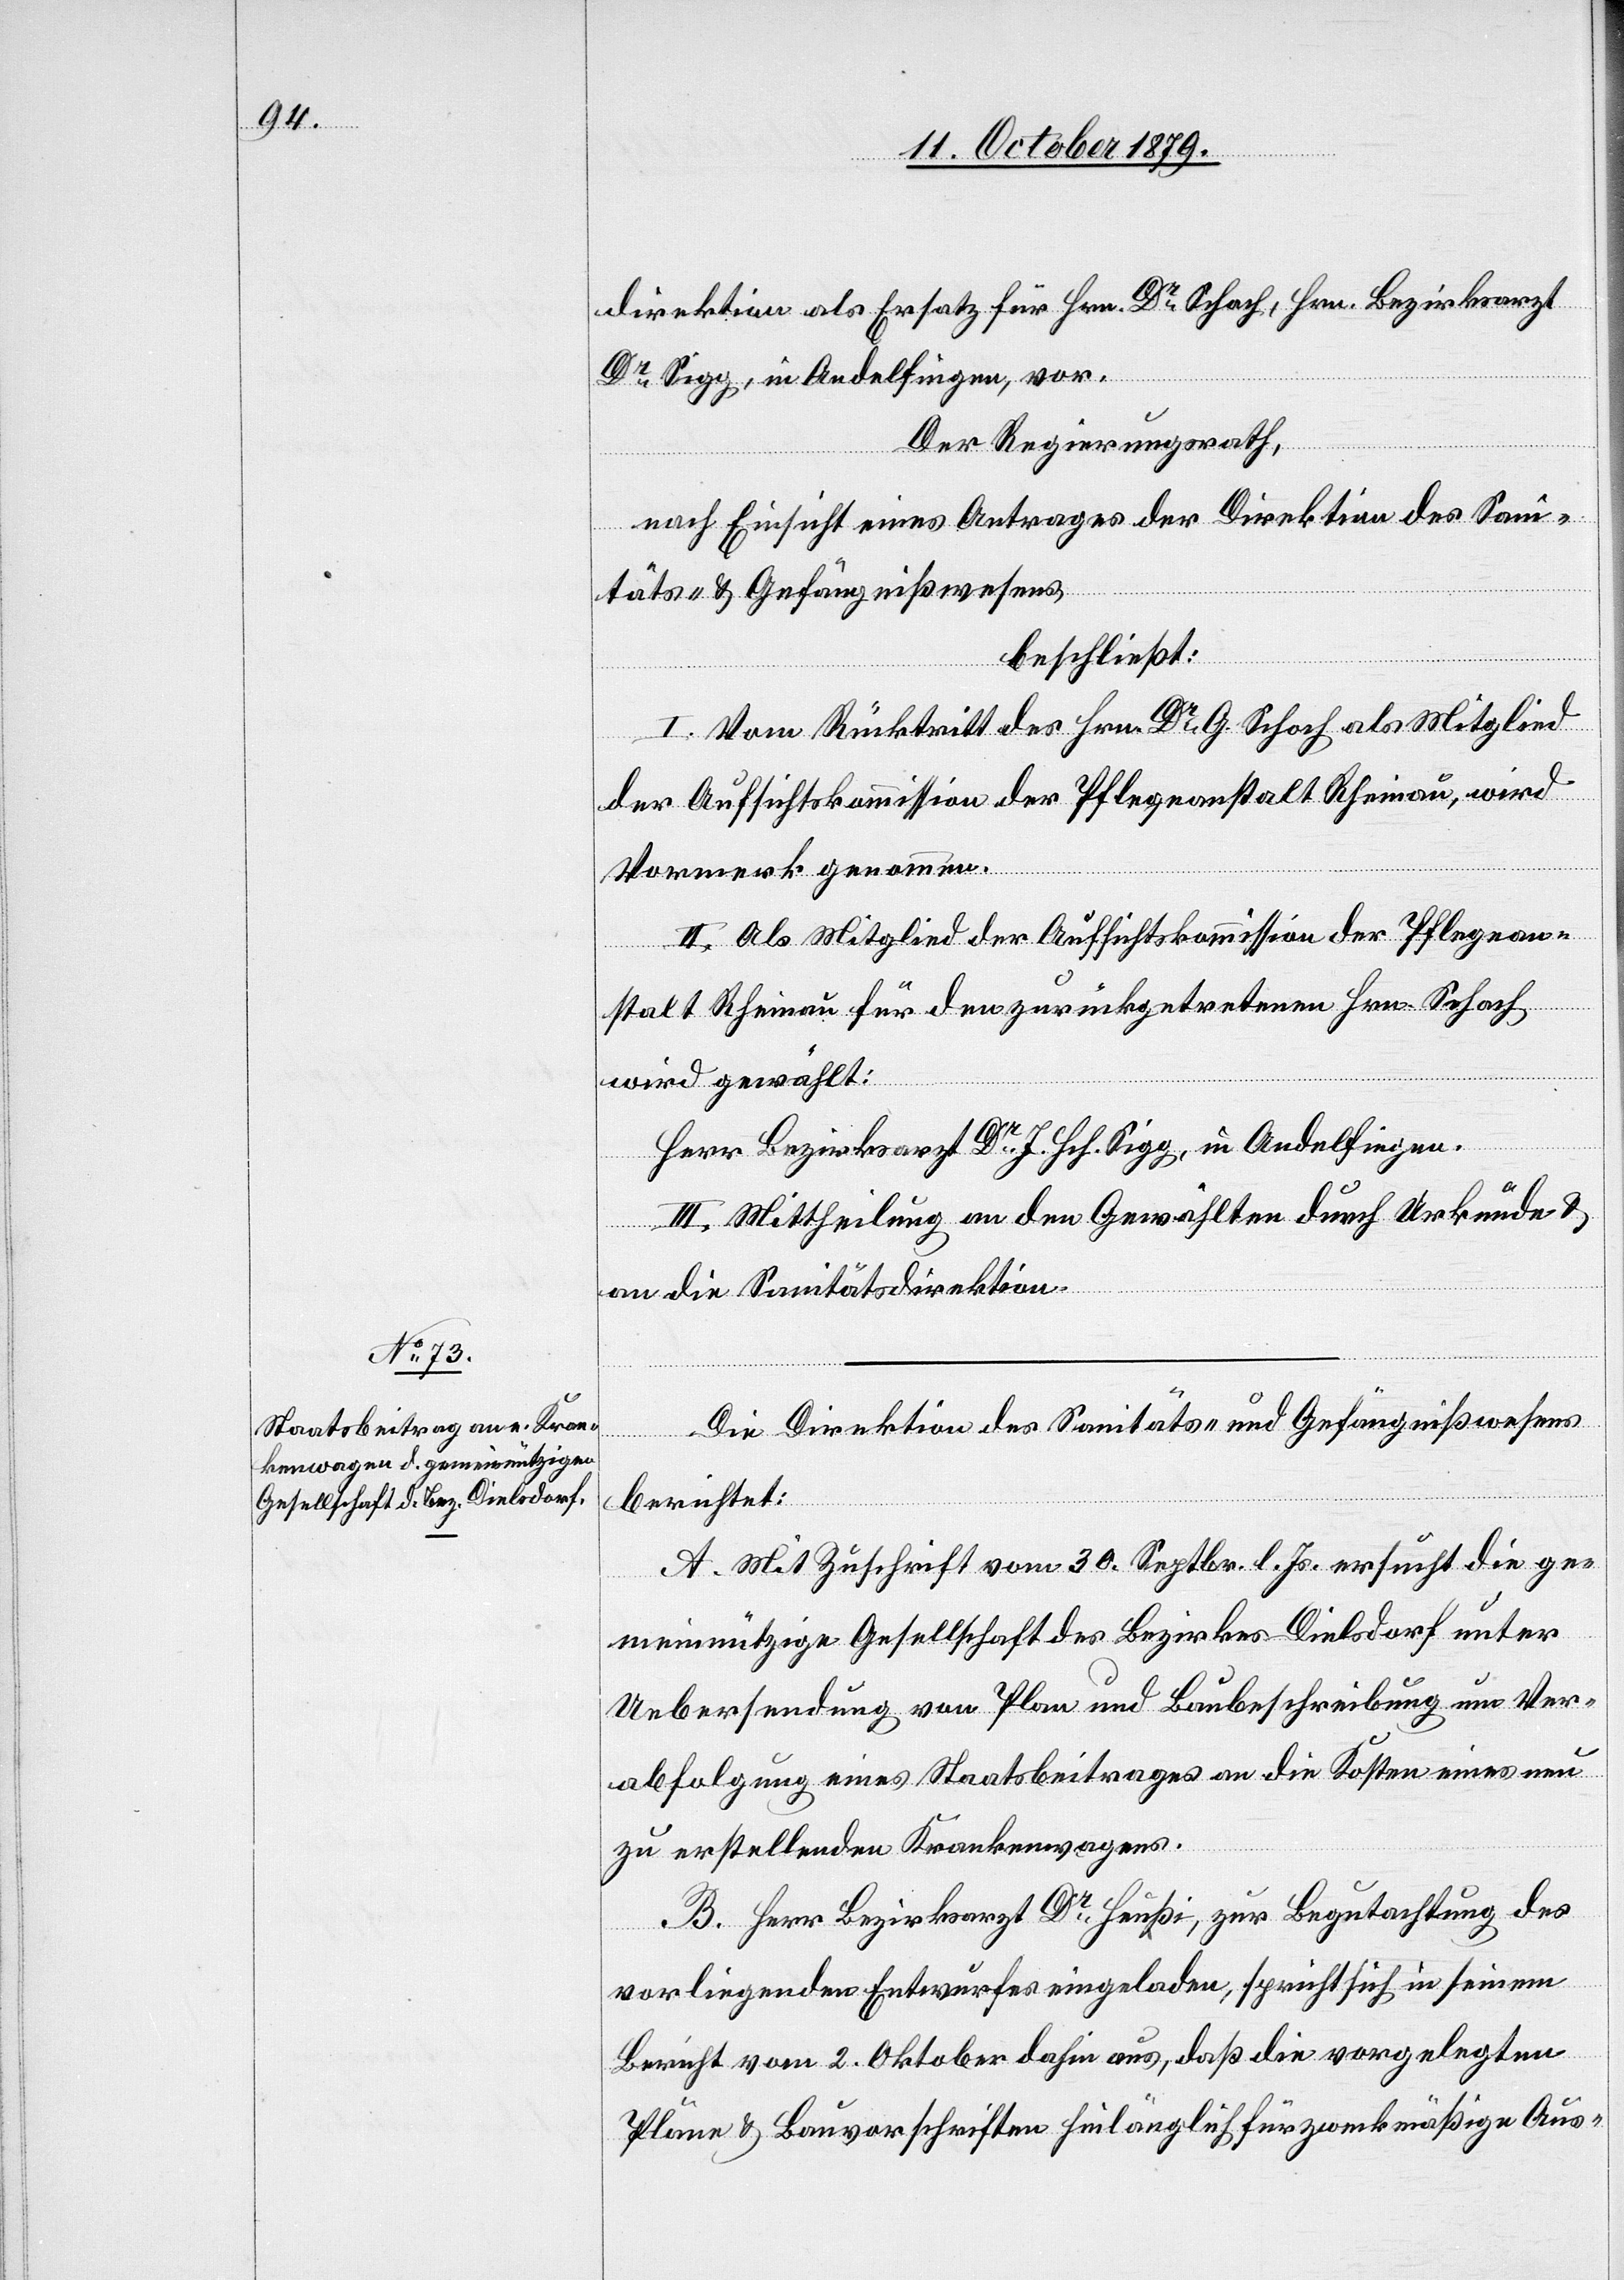
direktion als Ersatz für Hrn. Dr Schoch, Hrn. Bezirksarzt
Dr Sigg, in Andelfingen, vor.
Der Regierungsrath,
nach Einsicht eines Antrages der Direktion des San¬
itäts- & Gefängißwesens
beschließt:
I. Vom Rücktritt des Hrn. Dr G. Schoch als Mitglied
der Aufsichtskommission der Pflegeanstalt Rheinau, wird
Vormerk genommen.
II. Als Mitglied der Aufsichtskommission der Pflegean¬
stalt Rheinau für den zurückgetretenen Hrn. Schoch
wird gewählt:
Herr Bezirksrath Dr J. Hch. Sigg, in Andelfingen.
III. Mittheilung an den Gewählten durch Urkunde &
an die Sanitätsdirektion.
Die Direktion des Sanitäts- und Gefängnißwesens
berichtet:
A. Mit Zuschrift vom 30. Septbr. l. Js. ersucht die ge¬
meinnützige Gesellschaft des Bezirkes Dielsdorf unter
Uebersendung von Plan und Baubeschreibung um Ver¬
abfolgung eines Staatsbeitrages an die Kosten eines neu
zu erstellenden Krankenwagens.
B. Herr Bezirksarzt Dr Heußi, zur Begutachtung des
vorliegenden Entwurfes eingeladen, spricht sich in seinem
Bericht vom 2. Oktober dafür aus, daß die vorgelegten
Pläne & Bauvorschriften hinlänglich für zweckmäßige Aus-